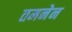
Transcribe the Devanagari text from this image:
तमनेन